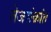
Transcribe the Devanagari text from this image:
तेजसंक्रांत